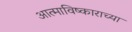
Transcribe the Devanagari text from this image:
आत्माविष्काराच्या